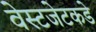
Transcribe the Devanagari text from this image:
वेस्टजेटकडे